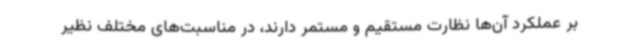
بر عملکرد آن‌ها نظارت مستقیم و مستمر دارند، در مناسبت‌های مختلف نظیر